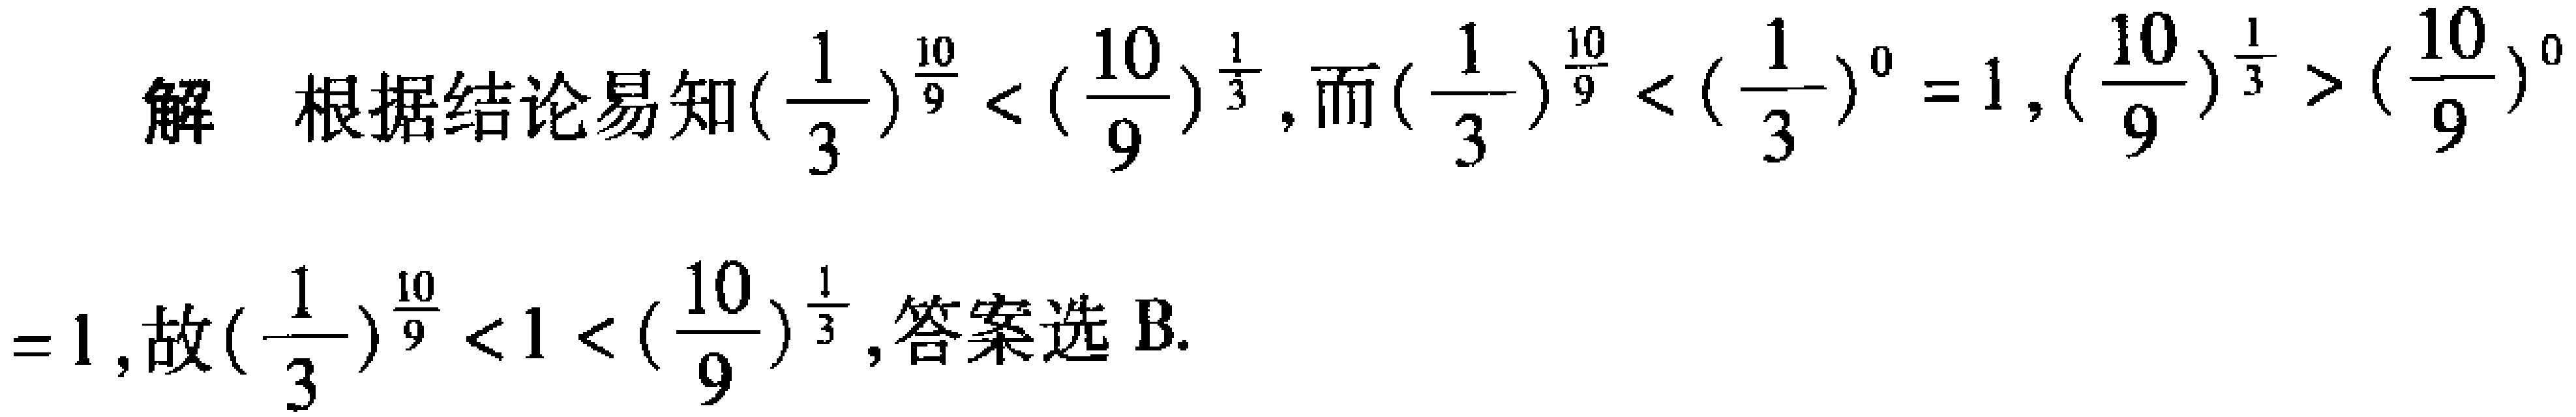
解 根据结论易知\((\frac{1}{3})^{\frac{10}{9}} < (\frac{10}{9})^{\frac{1}{3}}\)，而\((\frac{1}{3})^{\frac{10}{9}} < (\frac{1}{3})^{0} = 1\)，\((\frac{10}{9})^{\frac{1}{3}} > (\frac{10}{9})^{0}\)

\(= 1\)，故\((\frac{1}{3})^{\frac{10}{9}} < 1 < (\frac{10}{9})^{\frac{1}{3}}\)，答案选 B.